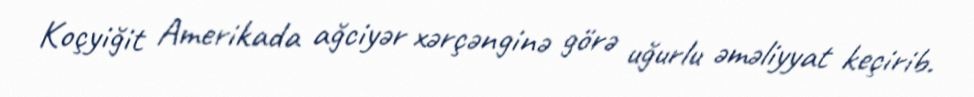
Koçyiğit Amerikada ağciyər xərçənginə görə uğurlu əməliyyat keçirib.